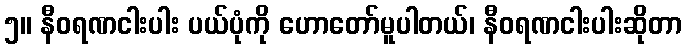
၅။ နီဝရဏငါးပါး ပယ်ပုံကို ဟောတော်မူပါတယ်၊ နီဝရဏငါးပါးဆိုတာ